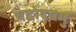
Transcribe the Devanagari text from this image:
चंद्रोदयमु